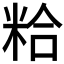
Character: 粭